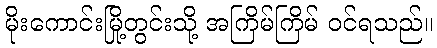
မိုးကောင်းမြို့တွင်းသို့ အကြိမ်ကြိမ် ဝင်ရသည်။